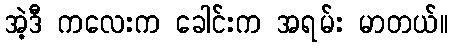
အဲ့ဒီ ကလေးက ခေါင်းက အရမ်း မာတယ်။